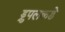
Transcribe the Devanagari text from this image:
ड्रुपलकडे